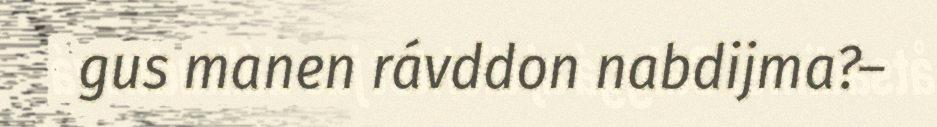
gus manen rávddon nabdijma?–